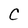
Character: C